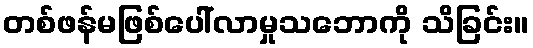
တစ်ဖန်မဖြစ်ပေါ်လာမှုသဘောကို သိခြင်း။